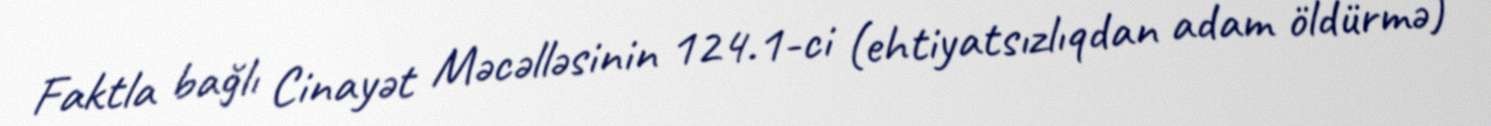
Faktla bağlı Cinayət Məcəlləsinin 124.1-ci (ehtiyatsızlıqdan adam öldürmə)